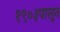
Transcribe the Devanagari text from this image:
१९०३पासून